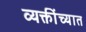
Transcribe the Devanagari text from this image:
व्यक्तींच्यात